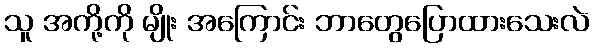
သူ အကို့ကို မျိုး အကြောင်း ဘာတွေပြောထားသေးလဲ